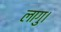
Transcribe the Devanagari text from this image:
लागु।